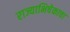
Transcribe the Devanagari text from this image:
राज्याभिषेकाचा